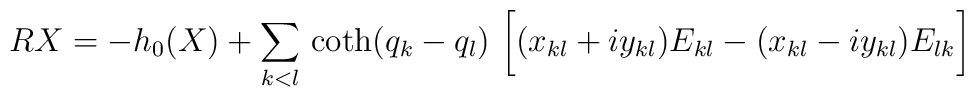
RX=-h_0(X)+\sum_{k<l}\,{\coth (q_k-q_l)}\,\left[\vphantom{1 \over 2}(x_{kl}+iy_{kl})E_{kl}-(x_{kl}-iy_{kl})E_{lk} \right]